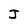
Character: J